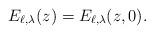
LaTeX: \begin{align*}E_{\ell,\lambda}(z) = E_{\ell,\lambda}(z,0).\end{align*}